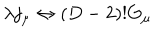
\lambda j _ { \mu } \leftrightarrow ( D - 2 ) ! G _ { \mu }